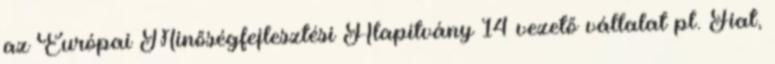
az Európai Minőségfejlesztési Alapítvány 14 vezető vállalat pl. Fiat,